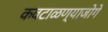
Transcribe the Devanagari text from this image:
कवटाळण्याजोगे